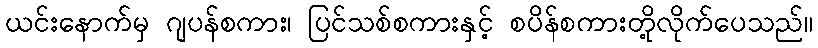
ယင်းနောက်မှ ဂျပန်စကား၊ ပြင်သစ်စကားနှင့် စပိန်စကားတို့လိုက်ပေသည်။